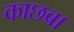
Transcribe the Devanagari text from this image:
काछबा